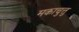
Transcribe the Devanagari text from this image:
मकाचुत्तु